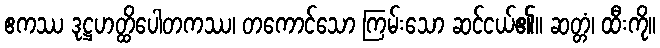
ဧကဿ ဒုဋ္ဌဟတ္ထိပေါတကဿ၊ တကောင်သော ကြမ်းသော ဆင်ငယ်၏။ ဆတ္တံ၊ ထီးကို။